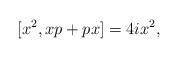
LaTeX: \begin{align*}[x^{2},xp+px] =4ix^{2},\end{align*}